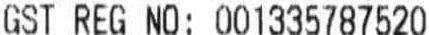
GST REG NO: 001335787520